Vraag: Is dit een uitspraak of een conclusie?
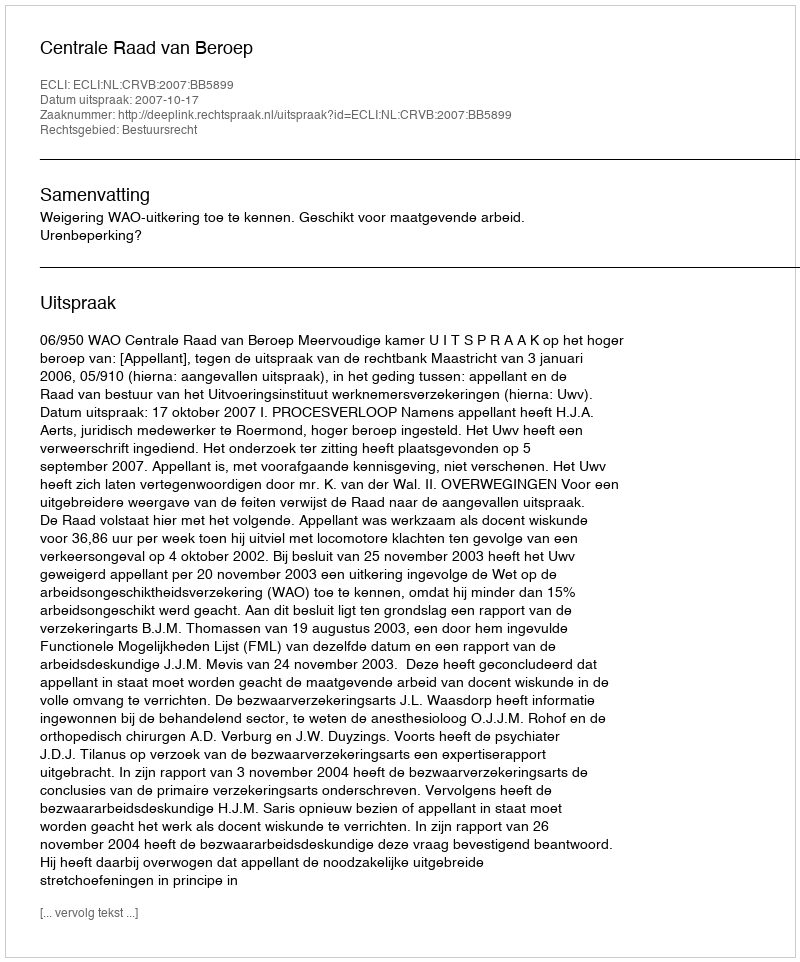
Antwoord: Uitspraak